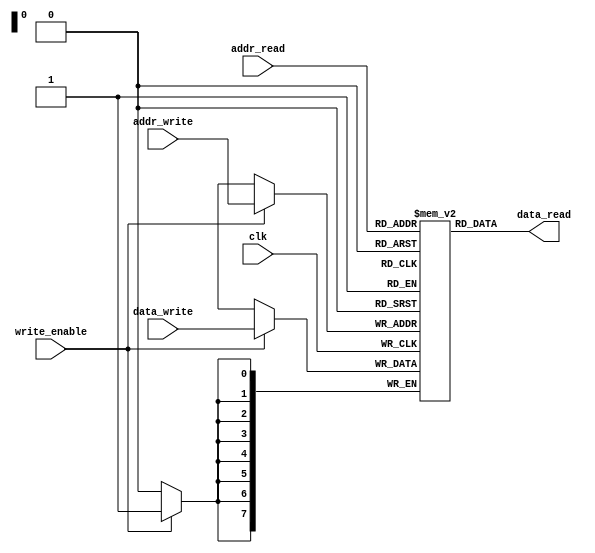
module dual_port_ram (
    input wire clk, 
    input wire [7:0] addr_read, 
    input wire [7:0] addr_write, 
    input wire [7:0] data_write, 
    input wire write_enable, 
    output reg [7:0] data_read
);

reg [7:0] mem [0:255]; // memory array

always @(posedge clk) begin
    if (write_enable) begin
        mem[addr_write] <= data_write;
    end
end

assign data_read = mem[addr_read];

endmodule